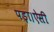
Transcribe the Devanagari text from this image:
पड़ा।ऐसी